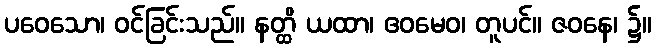
ပဝေသော၊ ဝင်ခြင်းသည်။ နတ္ထိ ယထာ၊ ဧဝမေဝ၊ တူပင်။ ဇဝနေ၊ ၌။